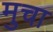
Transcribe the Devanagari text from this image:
मुचा